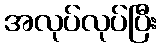
အလုပ်လုပ်ပြီး